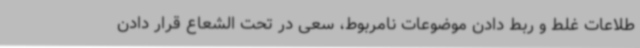
طلاعات غلط و ربط دادن موضوعات نامربوط، سعی در تحت الشعاع قرار دادن